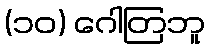
(၁၀) ဂေါတြဘူ